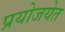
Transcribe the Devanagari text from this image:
प्रयोजयेत